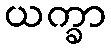
ယက္ခာ